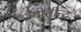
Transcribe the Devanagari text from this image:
ज्योतीन्द्र